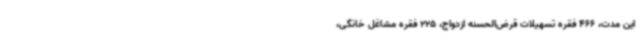
این مدت، 466 فقره تسهیلات قرض‌الحسنه ازدواج، 225 فقره مشاغل خانگی،